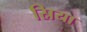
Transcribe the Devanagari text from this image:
स्रिया